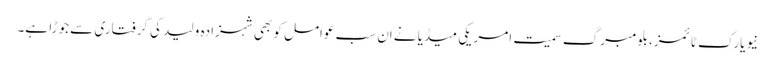
نیویارک ٹائمز، بلومبرگ سمیت امریکی میڈیا نے اِن سب عوامل کو بھی شہزادہ ولید کی گرفتاری سے جوڑا ہے۔